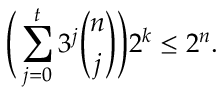
\Bigg ( \sum _ { j = 0 } ^ { t } 3 ^ { j } { \binom { n } { j } } \Bigg ) 2 ^ { k } \le 2 ^ { n } .